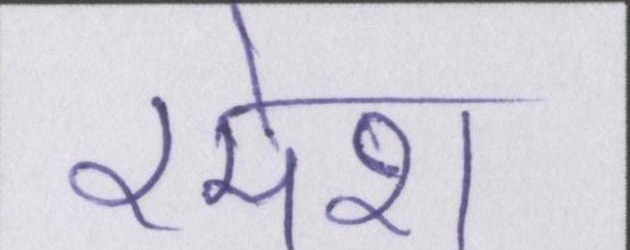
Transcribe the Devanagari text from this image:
रमेश